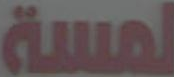
لمسة